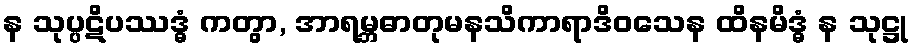
န သုပ္ပဋိပဿဒ္ဓံ ကတွာ, အာရမ္ဘဓာတုမနသိကာရာဒိဝသေန ထိနမိဒ္ဓံ န သုဋ္ဌု